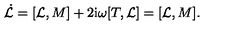
\dot { \cal L } = [ { \cal L } , M ] + 2 \mathrm { i } { \omega } [ T , { \cal L } ] = [ { \cal L } , M ] .